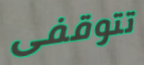
تتوقفى